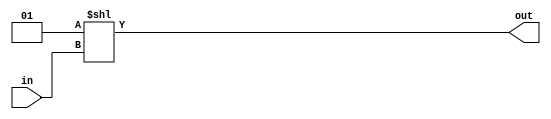
module decoder3to8 (
    input wire [2:0] in,
    output wire [7:0] out
);

assign out = 1 << in;

endmodule